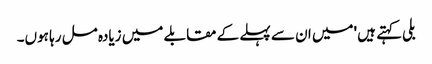
بلی کہتے ہیں 'میں ان سے پہلے کے مقابلے میں زیادہ مل رہا ہوں۔